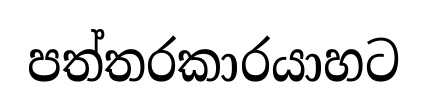
පත්තරකාරයාහට